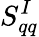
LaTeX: S_{qq}^{I}